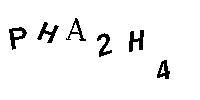
PHA2H4